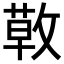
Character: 𢾳